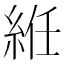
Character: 絍